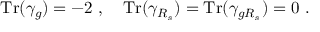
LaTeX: { \mathrm { T r } } ( \gamma _ { g } ) = - 2 ~ , ~ ~ ~ { \mathrm { T r } } ( \gamma _ { R _ { s } } ) = { \mathrm { T r } } ( \gamma _ { g R _ { s } } ) = 0 ~ .